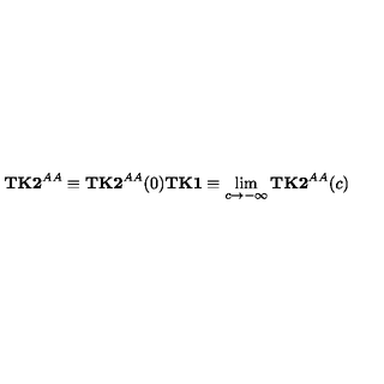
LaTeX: { \bf T K 2 } ^ { A A } \equiv { \bf T K 2 } ^ { A A } ( 0 ) { \bf T K 1 } \equiv \lim _ { c \rightarrow - \infty } { \bf T K 2 } ^ { A A } ( c )